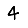
Digit: 4